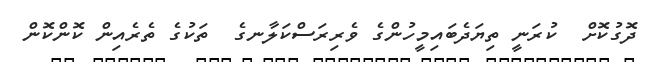
ދޮގުކޮށް  ކުރަނީ ތިޔަދެބައިމީހުންގެ ވެރިރަސްކަލާނގެ  ތަކުގެ ތެރެއިން ކޮންކޮން